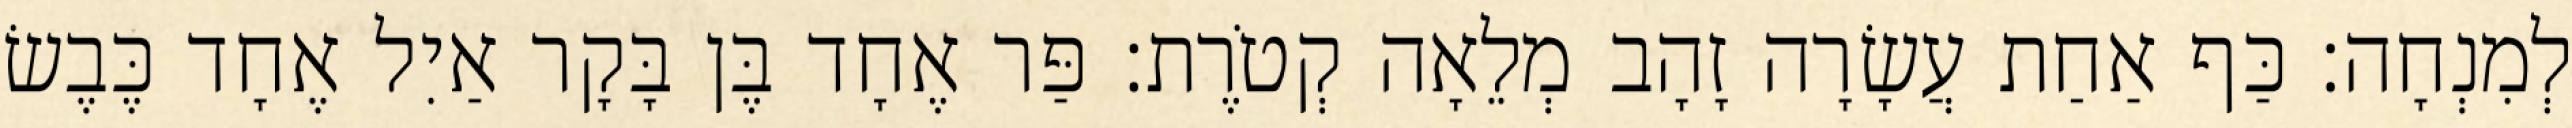
לְמִנְחָה׃ כַּף אַחַת עֲשָׂרָה זָהָב מְלֵאָה קְטֹרֶת׃ פַּר אֶחָד בֶּן בָּקָר אַיִל אֶחָד כֶּבֶשׂ